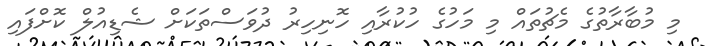
މި މުބާރާތުގެ މެޗުތައް މި މަހުގެ ހުކުރާއި ހޮނިހިރު ދުވަސްތަކަށް ޝެޑިއުލް ކޮށްފައި